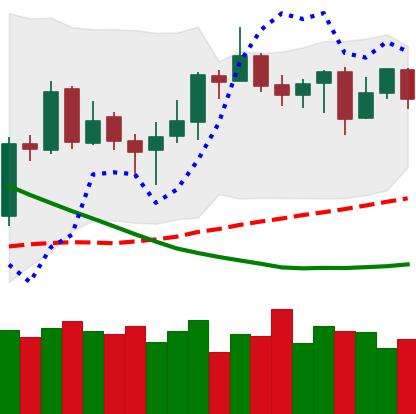
Ticker: NEO-USD
Chart end date: 2019-03-24
Forward return: 6.793%
Label: up_5_7